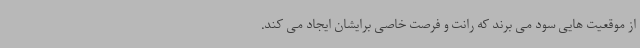
از موقعیت هایی سود می برند که رانت و فرصت خاصی برایشان ایجاد می کند.